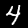
Digit: 4